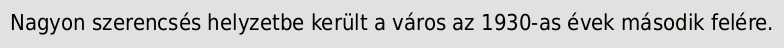
Nagyon szerencsés helyzetbe került a város az 1930-as évek második felére.